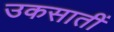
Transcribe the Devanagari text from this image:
उकसातीं